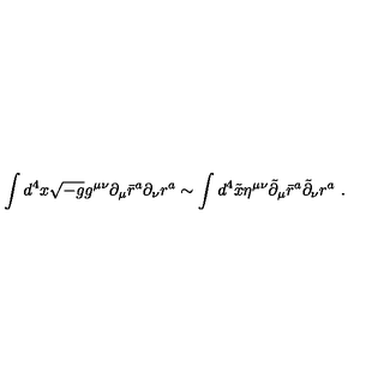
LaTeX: \int d ^ { 4 } x \sqrt { - g } g ^ { \mu \nu } \partial _ { \mu } \bar { r } ^ { a } \partial _ { \nu } r ^ { a } \sim \int d ^ { 4 } \tilde { x } \eta ^ { \mu \nu } \tilde { \partial } _ { \mu } \bar { r } ^ { a } \tilde { \partial } _ { \nu } r ^ { a } \ .